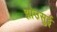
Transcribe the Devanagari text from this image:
झोउसुई